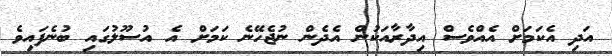
އަދި އެކަމަށް އެއްވެސް އިދާރާއަކުން އެދެން ނުޖެހޭނެ ކަމަށް އެ އުސޫލުގައި ބުނެފައިވެ